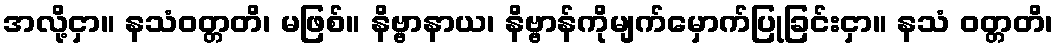
အလို့ငှာ။ နသံဝတ္တတိ၊ မဖြစ်။ နိဗ္ဗာနာယ၊ နိဗ္ဗာန်ကိုမျက်မှောက်ပြုခြင်းငှာ။ နသံ ဝတ္တတိ၊